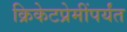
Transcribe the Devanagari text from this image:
क्रिकेटप्रेमींपर्यंत